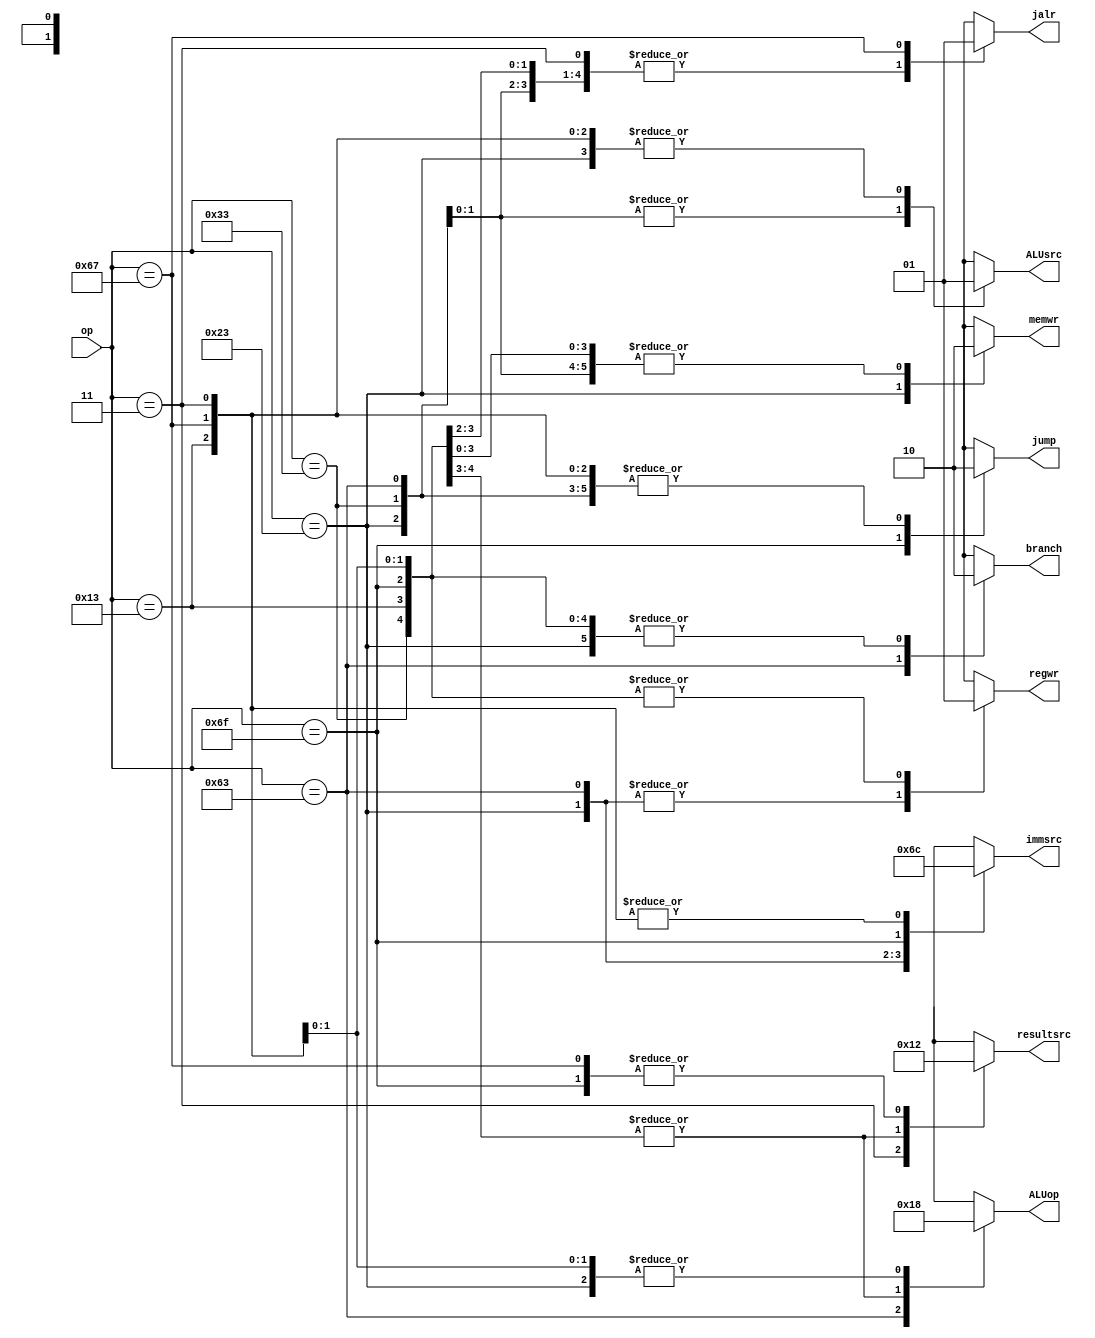
module main_decoder (
input wire [6:0] op,
output reg        jump,
output reg        jalr,
output reg        branch,
output reg [1:0]  immsrc,
output reg        ALUsrc,
output reg [1:0]  ALUop,
output reg [1:0]  resultsrc,
output reg        regwr,
output reg        memwr
);

always@(*)
begin
  case(op)
    7'b0000011 : //lw instruction
    begin
      regwr     = 1'b1  ;
      immsrc    = 2'b00 ;
      ALUsrc    = 1'b1  ;
      memwr     = 1'b0  ;
      resultsrc = 2'b01 ;
      branch    = 1'b0  ; 
      ALUop     = 2'b00 ;
      jump      = 1'b0  ;
      jalr      = 1'b0  ;
    end
    7'b0100011 : //sw instruction
    begin
      regwr     = 1'b0  ;
      immsrc    = 2'b01 ;
      ALUsrc    = 1'b1  ;
      memwr     = 1'b1  ;
      resultsrc = 2'bxx ;
      branch    = 1'b0  ; 
      ALUop     = 2'b00 ;
      jump      = 1'b0  ;
      jalr      = 1'b0  ;
    end
    7'b0110011 : //R-type instruction
    begin
      regwr     = 1'b1  ;
      immsrc    = 2'bxx ;
      ALUsrc    = 1'b0  ;
      memwr     = 1'b0  ;
      resultsrc = 2'b00 ;
      branch    = 1'b0  ; 
      ALUop     = 2'b10 ;
      jump      = 1'b0  ;
      jalr      = 1'b0  ;
    end
    7'b1100011 : //beq instruction 
    begin
      regwr     = 1'b0  ;
      immsrc    = 2'b10 ;
      ALUsrc    = 1'b0  ;
      memwr     = 1'b0  ;
      resultsrc = 2'bxx ;
      branch    = 1'b1  ; 
      ALUop     = 2'b01 ;
      jump      = 1'b0  ;
      jalr      = 1'b0  ;
    end
    7'b0010011 : //I-type instruction (except jalr)
    begin
      regwr     = 1'b1  ;
      immsrc    = 2'b00 ;
      ALUsrc    = 1'b1  ;
      memwr     = 1'b0  ;
      resultsrc = 2'b00 ;
      branch    = 1'b0  ; 
      ALUop     = 2'b10 ;
      jump      = 1'b0  ;
      jalr      = 1'b0  ;
    end
    7'b1101111 : //jal instruction
    begin
      regwr     = 1'b1  ;
      immsrc    = 2'b11 ;
      ALUsrc    = 1'bx  ;
      memwr     = 1'b0  ;
      resultsrc = 2'b10 ;
      branch    = 1'b0  ; 
      ALUop     = 2'bxx ;
      jump      = 1'b1  ;
      jalr      = 1'b0  ;
    end
    7'b1100111 : //jalr instruction
    begin
      regwr     = 1'b1  ;
      immsrc    = 2'b00 ;
      ALUsrc    = 1'b1  ;
      memwr     = 1'b0  ;
      resultsrc = 2'b10 ;
      branch    = 1'b0  ; 
      ALUop     = 2'b00 ;
      jump      = 1'b0  ;
      jalr      = 1'b1  ;
    end
    default : 
    begin
      regwr     = 1'bx  ;
      immsrc    = 2'bxx ;
      ALUsrc    = 1'bx  ;
      memwr     = 1'bx  ;
      resultsrc = 2'bxx ;
      branch    = 1'bx  ; 
      ALUop     = 2'bxx ;
      jump      = 1'bx  ;
      jalr      = 1'bx  ;
    end
  endcase
end
    
endmodule